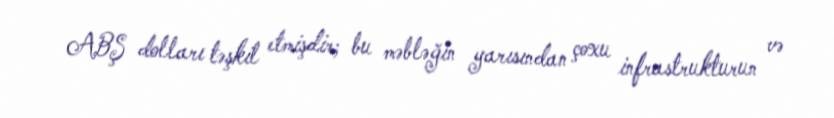
ABŞ dolları təşkil etmişdir; bu məbləğin yarısından çoxu infrastrukturun və